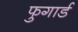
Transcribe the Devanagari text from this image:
फुगार्ड